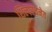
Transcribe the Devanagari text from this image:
शिल्परचनेत